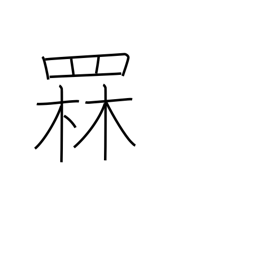
Meaning: luring fish with a bonfire